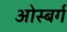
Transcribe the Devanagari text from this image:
ओस्बर्ग